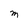
Character: M